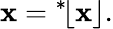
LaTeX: \mathbf{x}={}^{*}\! \lfloor\mathbf{x}\rfloor.